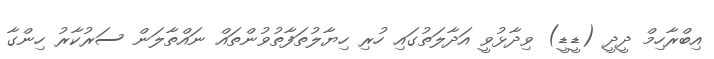
އިބްރާހިމް ދީދީ (ޑީޑީ) ވިދާޅުވީ އަދާލަތުގައި ހުރި ހިޔާލުތަފާތުވުންތައް ނައްތާލަން ސަރުކާރު ހިންގާ